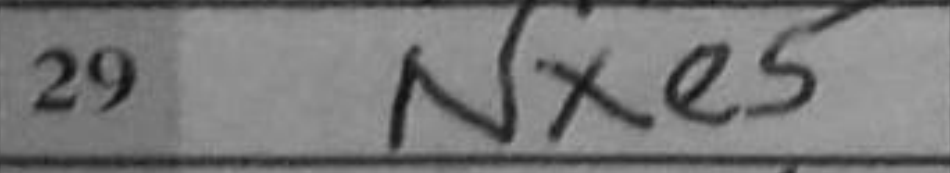
Transcription: Nxe5